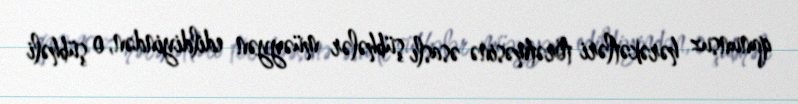
qanunsuz hərəkətləri törətməsinə əsaslı şübhələr müəyyən edildiyindən, o şübhəli